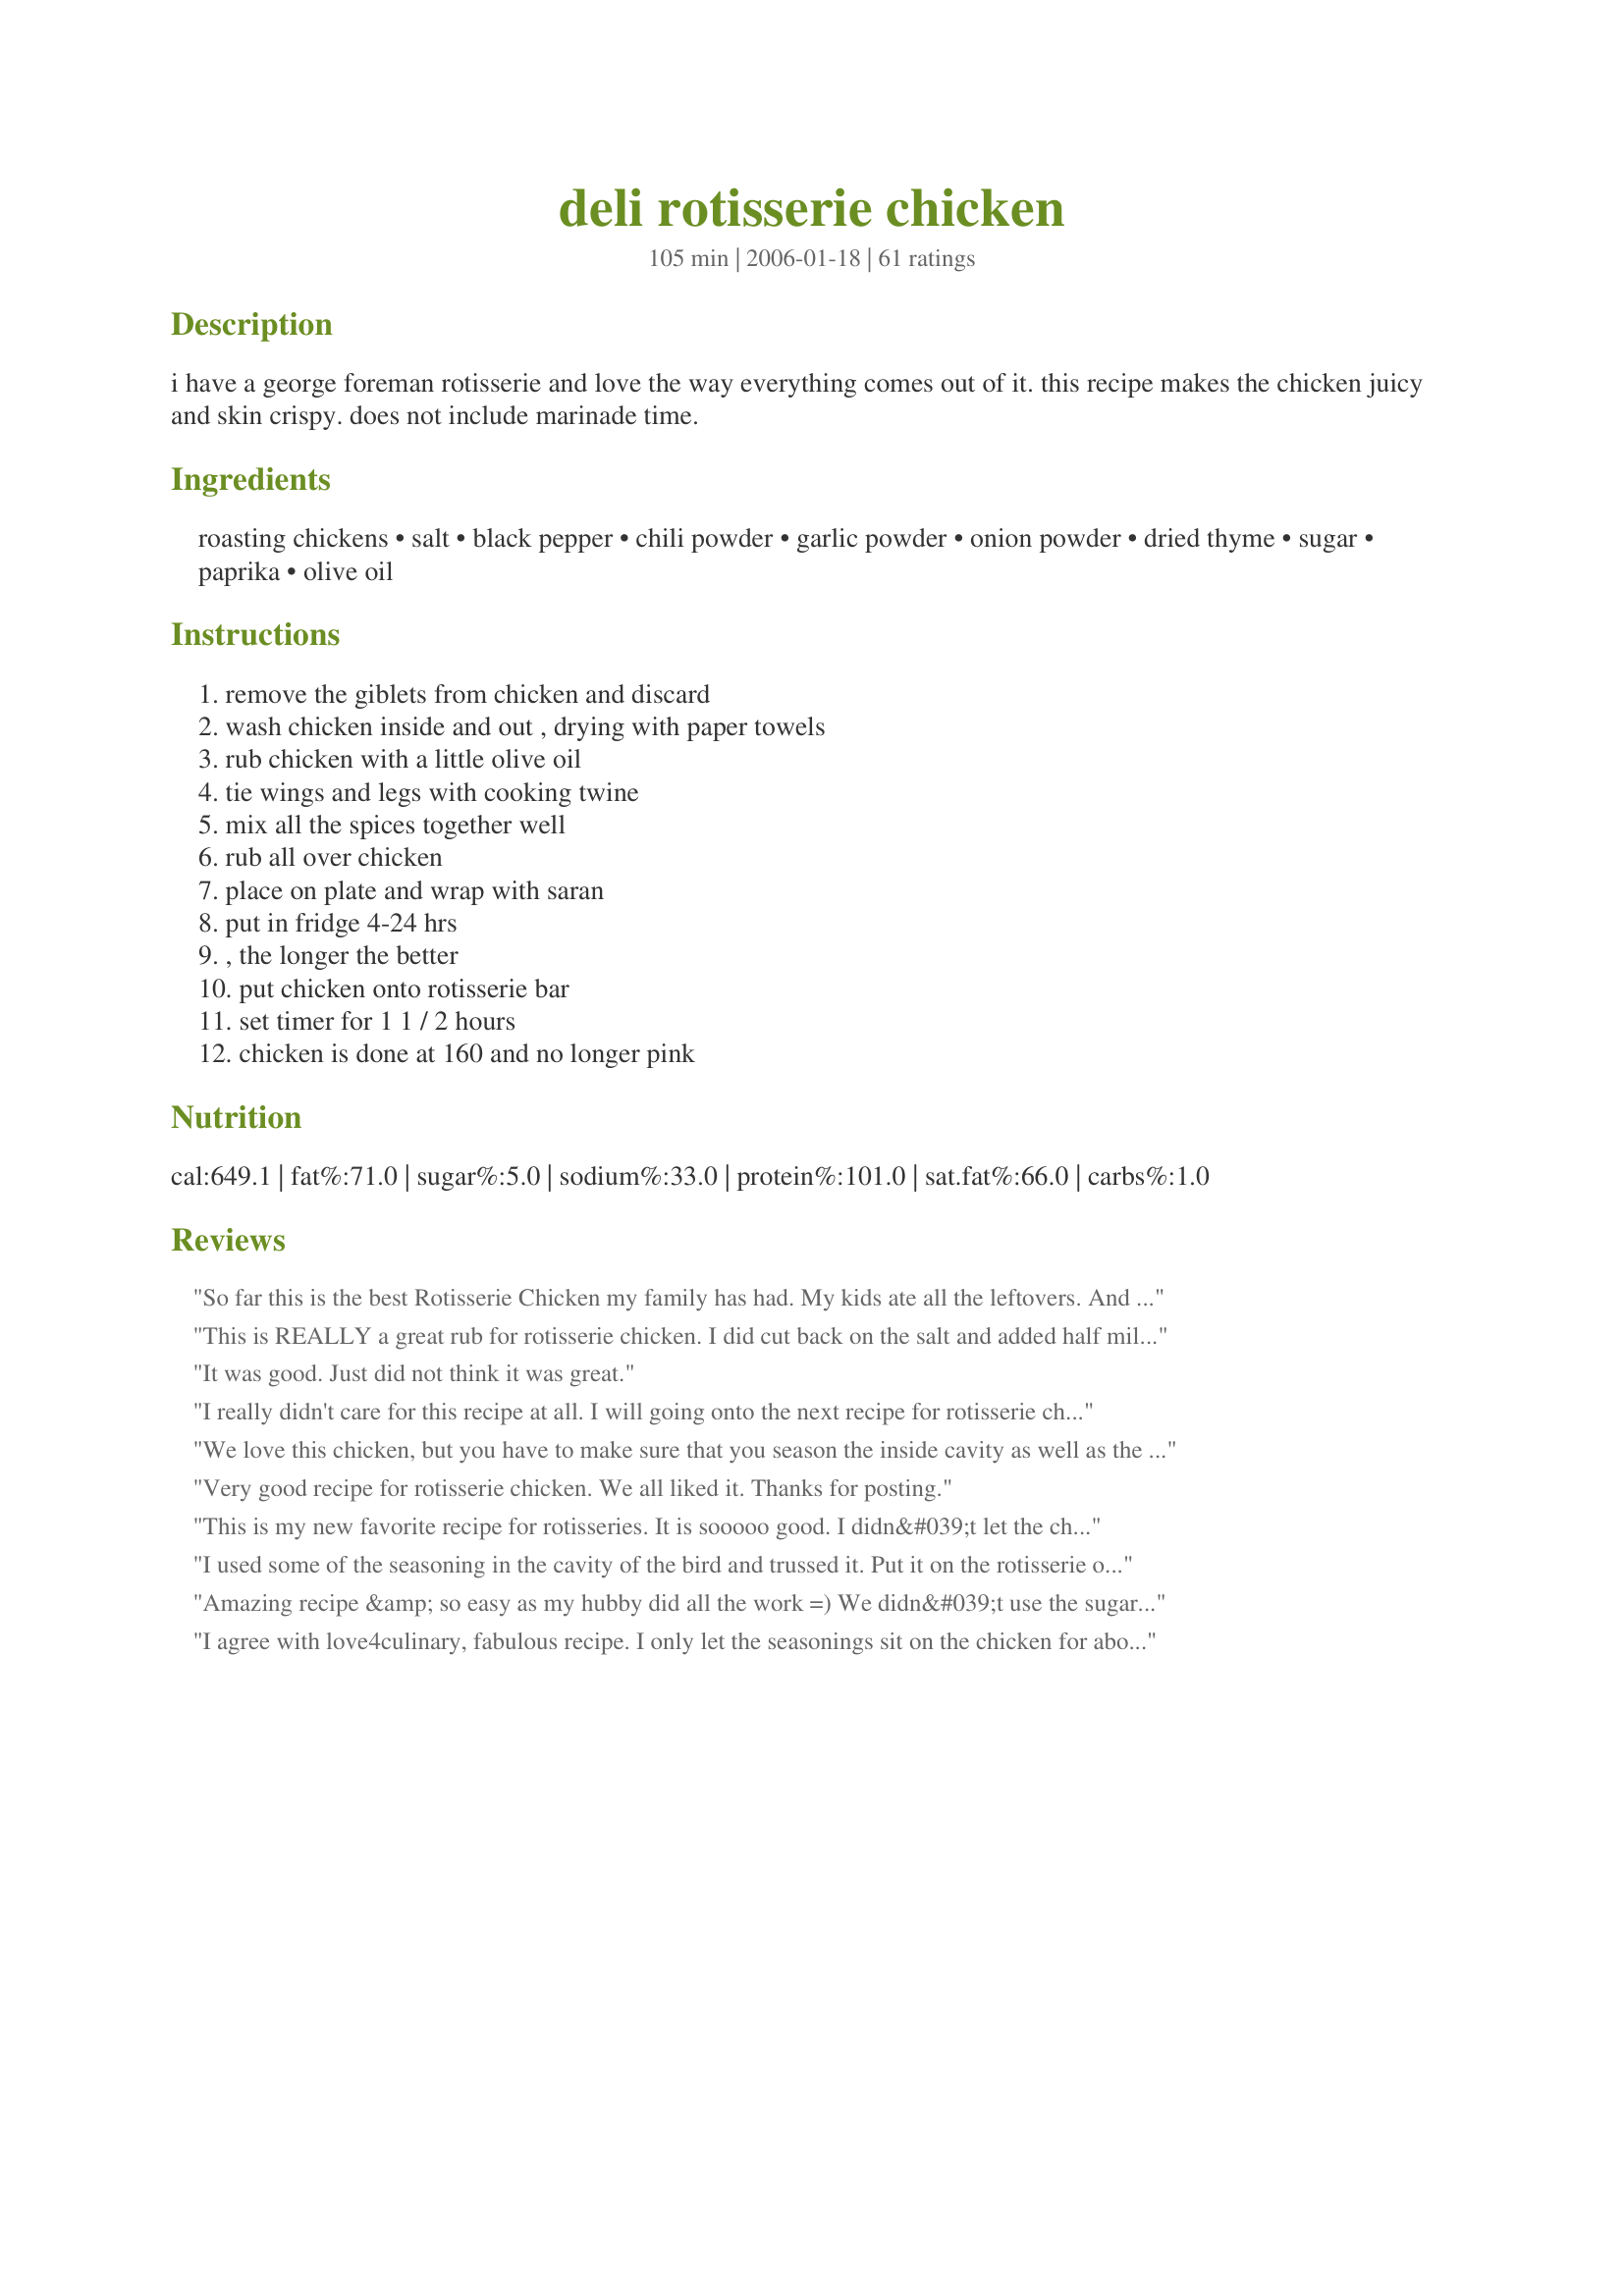
deli rotisserie chicken
Preparation time: 105 minutes

i have a george foreman rotisserie and love the way everything comes out of it. this recipe makes the chicken juicy and skin crispy. does not include marinade time.

Ingredients:
roasting chickens, salt, black pepper, chili powder, garlic powder, onion powder, dried thyme, sugar, paprika, olive oil

Steps:
remove the giblets from chicken and discard, wash chicken inside and out , drying with paper towels, rub chicken with a little olive oil, tie wings and legs with cooking twine, mix all the spices together well, rub all over chicken, place on plate and wrap with saran, put in fridge 4-24 hrs, , the longer the better, put chicken onto rotisserie bar, set timer for 1 1 / 2 hours, chicken is done at 160 and no longer pink

Reviews:
So far this is the best Rotisserie Chicken my family has had. My kids ate all the leftovers. And that says alot. Thank you for posting.
This is REALLY a great rub for rotisserie chicken. I did cut back on the salt and added half mild & half hot paprika and the flavor was just marvelous. The chicken was wonderfully juicy and the skin nice & crispy. Next time I think I'll experiment with some smoked paprika. Thank you Bailey48 for sharing the recipe.
It was good. Just did not think it was great.
I really didn't care for this recipe at all. I will going onto the next recipe for rotisserie chicken.
We love this chicken, but you have to make sure that you season the inside cavity as well as the outside. I even used the full amount of paprika, when ususally we cut it also because its too spicey for us. Thanks for the recipe!
Very good recipe for rotisserie chicken. We all liked it. Thanks for posting.
This is my new favorite recipe for rotisseries. It is sooooo good. I didn&#039;t let the chicken sit with the rub for a few hours and it was STILL good. Also, I know it is recommended to wash the chicken, but as gross as this may sound, Consumer Reports recently said it is best not to wash chicken as the bacteria will go away with cooking and washing it spreads the germs around the kitchen. Just a thought. If you don&#039;t want to know that bit of info., just don&#039;t eat at my house -- I follow Consumer Reports :). Overall, a very good recipe, left the chicken outsides crispy and my kids&#039; insides full. Thanks for sharing.
I used some of the seasoning in the cavity of the bird and trussed it. Put it on the rotisserie on my gas grill set at 350-375 degrees with a disposable pan under the bird with chicken stock and butter in it. Temped at 1 hour, not done. Temped at 1-1/2 hrs and was perfect. Thighs were 175 and the breast was 165. This was amazing!!! Kinda hard to get excited about a rotisserie chicken but this recipe is a keeper. Oh yeah. I also used a smoker box with hickory pellets in it to give the bird a kiss of smoke.
Amazing recipe &amp; so easy as my hubby did all the work =) We didn&#039;t use the sugar - that is the only change. We will make this again &amp; again &amp; again!
I agree with love4culinary, fabulous recipe. I only let the seasonings sit on the chicken for about an hour before I put it in the rotisserie. It was wonderful with excellent flavor! Thanks for posting!

7/14/09 Made this for dinner tonight and it was as fabulous as I remembered!
Made this for our grillin&#039; weekend. We used 2 half bone-in breasts. I love the skin, but my boyfriend doesn&#039;t so I rubbed some of the spices inside the skin as well as on top. I thought it was good, not fantastic. I personally didn&#039;t feel the spices were balanced, some overpowered others. The chicken was still very juicy. We will do this again but tweak the spices a bit. Thanks for posting, it gave us a foundation to work with.
We love this recipe! thank you so much for posting it. My family LOVES this chicken.
Fabulous recipe. Made for a great rotisserie chicken. I have a toaster oven that does rotisserie and a few other things (bake cookies!!) and it worked really well with this recipe :) Hope you like the photo!!!
Great rub! Chicken was really moist and tasty!
Excellent chicken. Loved the combination of flavors in this. Perfect
Delicious! Better than I expected.
Delicious!!! This was my first rotisserie, I have always bought mine from Costco but this recipe beats them all. I will never buy another rotisserie chicken again!
GAAH! I need moar! Oh wait... I have the recipe, I'll just make another one. This was my very first use of a rotisserie and I'm not turning back. The seasoning was SO good, I had to eat the crispy skin, too. There, I said it. I ate the skin! Many thanks for this wonderful recipe, bailey46!
Outstanding recipe and beats the grocery store chickens by a mile. I used a grille pan with ridges to hold the chicken off the drippings and then convection baked a 4.15lb bird for 1:30 at 350 actual degrees (setting for 375) for the first half hour, then tented with foil for the last hour. I increased the temp to 400 for the last half hour. &lt;br/&gt;&lt;br/&gt;Came out superb. Baked it weighed 3lbs,and when I took all the meat off, I got 2lbs. I paid $1.79 per lb and it was the equivalent of buying boneless skinless for $2.99 after getting rid of the bone, but tasted way better. The skin and bone adds a ton of flavor, as does this rub. &lt;br/&gt;&lt;br/&gt;I found smoked paprika at trader joes and it worked really well. It gave it a BBQ potato chips sort of flavor that was very very subtle. &lt;br/&gt;&lt;br/&gt;Less than a week later, I&#039;m making another, larger one. It&#039;s that good!
Loved it.
Made rub as directed as prepared chicken the morning before I cooked it. It had about 34 hours to absorb all that goodness. Threw it on the rotisserie for 90 minutes. The smell as it cooked was incredible. This was the best rotisserie chicken I've made. DH and I were licking our fingers. Thanks for sharing!
This is a Great RecIpe, #296846
I don't care much for Chicken But this recipe changed my mind!! I have cooked this recipe twice per recipe,fantastick !! I'll cook it at lest once a week. Thank you,
 Thank you, Bailey 46. your great Recipe tasted good,easy for me to cook,and looked WONDERFUL
I adjusted the recipe for a 5 lb chicken and the following ingredients. And it was absolutely delicious. I had no garlic powder so I used garlic salt. But I also used the recommended salt it also called for. Instead of regular chili powder I used Hot Mexican Style Chili Powder and also added equal amounts of Brown sugar to the rub. I mixed all ingredients well and put into empty herb container and sprinkled evenly over evoo rubbed roast inside and out. Marinated in fridge 24 hrs. Made a delicious crispy amber brown skin and juicy throughout. It&#039;s a keeper.
Excellent recipe. I cooked in in my counter-top rotisserie and i came out great. My family is already asking for me to make this again.
Made this as one of the meats for a graduation party. The guest liked it. Refrigerated mine overnight. 

Thanks bailey46

Bullwinkle.
Delicious! First thing we made on our new rotisserie. It smelled divine while cooking and the meat just fell off the bone. Made some awesome sour cream chicken enchiladas with the leftovers.
This was really yummy, best to do the make ahead so it has time to marinate in the spice rub, makes a difference in the flavor profile! Also READERS, this is a ROTISSERIE chicken recipe so there will be no oven temperature settings. READ the title of the recipe and then actually READ the recipe- it's stated there too! I love how people get all bent out of shape about something and get all mean and nasty but it's simply because they don't READ THE RECIPE!!! lol
I'm glad I found this recipe! My friend gave me a George Foreman rotisserie oven a few months ago and I finally put it to use. The chicken turned out juicy and delicious. I'm so excited that I can add this recipe to my collection.
We had technical difficulties with the rotisserie so ended up cooking this in the oven, but everyone loved it! The skin was crispy and flavorful, and the meat was juicy and tender. I plan to make this spice mix in quantity and store it for easy use.
I wish I had an indoor rotisserie cause I would be doing chickens ALL the time. I did this on outdoor grill attachment and it was wonderful. I didnt change 1 thing and only wish I had done 2 instead of 1. When chickens are on sale I will be doing this a lot in the summer and then freezing them. Thanks for a great recipe!
Seemed to be what we were looking for.
Love-Love-Love this! No more grocery store rotisserie chickens for us. This is now a Monday routine. We have chicken to snack on, chicken sandwiches for lunch and whatever is left in a couple days makes a delicious chicken salad.
Wow! My hubby picked up a chicken and hinted we should use the Rotisserie. Today I decided to do just that. The only thing I did different from this recipe was I used a brown sugar blend instead of regular sugar. The smell flowing through the house had everyone drooling. This was SO good! We had company come by and they loved it, too. Thanks so much for posting it!
Absolutely delicious. I had never thought of marinating the chicken overnight with a rub on it; it really helps the flavor permeate the chicken. We used two smaller free-range chickens on the rotisserie; it worked fine. The skin wasn't really that crispy, but who cares? It was incredibly juicy and yummy anyway.
Very good. Did on rotisserie with chicken legs. I added 1 tsp. Pappy's seasoning and 1 tsp. lemon zest also. Next time I will add 1 tsp. corriander instead of thyme. Good flavor, everyone liked.
Wow! was this ever delicious and easy! I came home from work, mixed up the spice rub, rubbed it on the chicken, put chicken in refrierator for 2 hours, sat on the veranda having a cocktail, put chicken on rotisserie on the bbq, and 45 minutes later, dinner was done. the chicken was moist and flavourful.I served with boiled new potatoes with dill and butter and some little tomatoes from the garden made into a salad. the Chicken was the star of the night. Well done, bailey46! a new regular meal in our household.
Great recipe! I used our Member's Mark Grill at 350 degrees with only the far right burner burning. It took over 2 hours to get it to 175 degrees, but that could have a lot to do with our high altitude. I think next time I will up the cooking temperature to 400 degrees for the first 20 minutes and then bring it back to 350 and see what happens. I stuck some rub betweend the skin and meat and it tasted wonderful. The meat was also very juicy. Thank you!
We don't have a rotisserie, so I used this recipe for the rub only, and add a generous 1/4 tsp of ground cayenne pepper - Very tasty! I'll then either bake in the oven, or cook in the crock-pot. The crock-pot method makes for a flavorful, fall-off-the-bone chicken. Mmmmm...
Thanks for a great recipe! This was excellent. We just got a new grill and bought a rotisserie for it and couldn't wait to use it. I had a very small chicken and used all the spices inside and out. As it was cooking I wanted to pick pieces off it smelled that good. And when it was time to eat it tasted even better.
This came out just as it says juicy with a crisp skin. I did'nt even marinade it and it was still absolutley delicious.
Oh my, how good! Its a keeper for sure! It is wonderful! I am using the leftover chicken today in Jill4man's "The best chicken Tortilla soup". Hope it turns out to be a keeper too, then I'll have to great recipes in one little chicken!
Overall, it was very good. Can't say I was entirely blown away but I recognize that part of that could have been because I couldn't follow all the directives to a &quot;t&quot;. Here are a few things I did differently: I didn’t find this recipe until right before I was going to put the chickens in the oven so I didn’t have the benefit of letting it soak in the rub ahead of time. I just made it up and put it directly in the oven. I doubled the recipe (I had two chickens) but kept all of the spice ratios the same except for the chili powder – which I cut in half (because we’re wimps). I used coconut sugar instead of regular for a smidge extra nutrition. I liberally seasoned the inside of the bird as well (and still had rub left over). We have a rotisserie but I didn’t have time to fiddle with it so I just made them on a rack, in a roaster, in the oven at 400. I did have to move them around after a bit as the rub was getting too dark. Next time, I’d like to try this when it has a chance to marinate overnight first and then do it on the rotisserie for the full effect. Still, it got good reviews from the fam. The skin was crisp and had flavor and the meat was juicy and tender. The reason for only 4 stars is, the rub itself was good but it didn't totally knock my socks off. I might tweak some of the seasonings for a better balance and outcome as it speaks to our particular taste buds (e.g.: more garlic powder and black pepper and maybe rub with melted butter instead of oil). Worth the try and will look forward to making it again. Thanks for the good dinner!
This was my first time cooking with a rotisserie! I will probably experiment more but this recipe has been saved in my cookbook. I grill ribs and will use this on them. VERY TASTY!
Made as directed. My 5 lb chicken was ready in 1 hour 45 minutes using the rotisserie on our gas grill. Very moist and tasty results.
This was delicious! I preped this and let it chill all morning til time to put in the rotisserie oven. The seasonings were just wonderful,gave the chicken a delicious flavor and it was so moist and tender. I baked mine for 90 minutes but I did have a 3 pound whole chicken. I also only used half the seasoning measurements since my chicken was smaller than recipe calls for. 
Thanks for sharing your recipe bailey46! Its a keeper :)
This was the first recipe I tried on my Showtime Rotisserie. Based on instructions for the Showtime Rotisserie, I set the timer for 1 hour and 15 minutes for the 4 lb. chicken. That timing was fine. I liked these seasonings very much.
No oven temperature is given :-(

I&#039;ll try:

 Cook for 15 minutes at 425&deg;F, 220&deg;C and then reduce the heat to 375&deg;F, 190&deg;C

And no rest time is given either - about 15 minutes before carving the chicken.
Absolutely the best deli chicken....a family favorite.
We love "spinning a chicken" on our rotisserie. This is a great marinade, I add a squeeze of lemon juice.
While mixing the seasoning blend, I had to stop and write my thoughts...this is the most wonderful combination of spices that I have ever tasted! I had recently discovered a Caribbean Jerk seasoning that I loved, but your blend is far better! I cannot wait to try the finished chicken dish...I am sure thaqt it will also be a 5-star rating!

Post note: The chicken came out perfect after exactly 1 1/2 hours in my rotisserie oven. The meat was full of flavor...thanks for a great recipe!
I use this every time I rotisserie a chicken now. It is perfect...The whole family can't get enough.
Not only did I impress my DH, and guests with this fabulous recipe,,I impressed myself as well. Next time I make 2 so there will be leftovers. Thank You!!
 Great chicken. I rubbed the outside of the chicken with the spice mixture and rubbed the inside with what was left. Refrigerated for 18 hours. The chicken turned out tender and moist with a great crispy and tasty skin. I would have like the spices to have permeateded the meat more. Thus the 4 stars. Don't know it will work on the rotisserie, but next time I will make several small slits in the skin and rub some of the spices under the skin. I do this to my smoked turkeys. Its a keeper and I will make it again. — Apr 27, 2006


OK, I made this recipe because I went to make my recipe #43685 and found I was out of the storebought spice I ususally use. This sounded close and it was PERFEFCT! I used it called for in my recipe and it came out right on, I think I will not be buying it anymore, just making my own, thanks for a keeper!
Most excellent! My husband and I fixed two whole chickens on our grill rotisserie on our Broil King and cooked for a little over 1-1/2 hours. This rub is fantastic! Best rotisserie chicken ever! I will definitely use this recipe all the time for rotisserie chicken! Thanks!
This was great. We are doing low carb so I was looking for rub with no sugar. Perfect! I spatchcocked the chicken and rubbed season on generously. Put breast down on hot BBQ (450) for 15 mins, flipped for 30 minutes. Until temp reached 165F. Will make again and again. Ty
I don't have a rotisserie so I baked mine in the oven. I used this recipe for the spices -- it looked like a combo of what I was looking for and it was. It was very good. Thanks for giving me another choice for chicken!
Fantastic! Since going gluten free I can't have the deli chickens anymore and I decided to make my own. This is better than any deli chicken I've ever bought! Thanks!
We had to grill our chicken our rotisserie wasn't working. This tasted great and everyone loved it. Thanks for posting!
I used curry powder instead of chili powder due to availability here in China, and I'm sure this changed the taste a bit, but still quite a wonderful rub for the chicken. Came out delicious.
FantasticRecipe!!! Made right by the recipe, didn't change anything. Refrigerated about 6 1/2 hours. While cooking it smelled great. In my GF rotisserie I cooked 17 min. per pound, per GF instructions. What left overs? Next time I will make 2. This was so good, don't think it could be better. Thanks bailey46.
